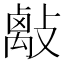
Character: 𢿑